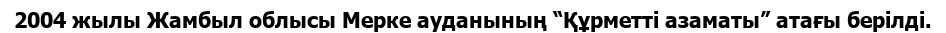
2004 жылы Жамбыл облысы Мерке ауданының “Құрметті азаматы” атағы берілді.